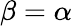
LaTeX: \beta=\alpha